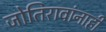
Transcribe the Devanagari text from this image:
जोतिरावांनाही